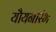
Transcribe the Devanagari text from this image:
यौयनारंभ